Leaving Certificate Examination (including Day School Certificate (Higher) General paper), 1926
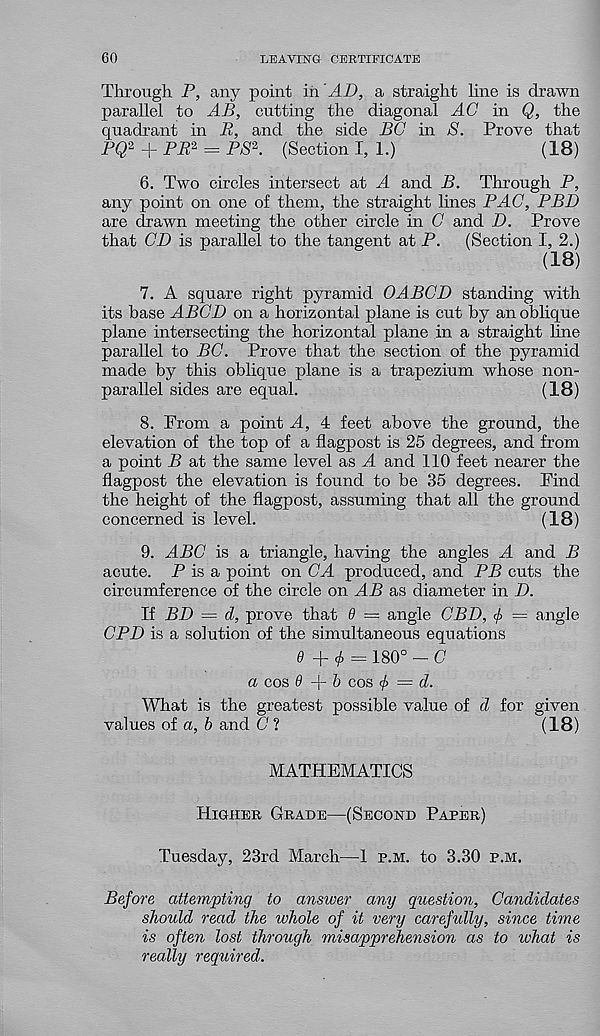
60
LEAVING CERTIFICATE
Through P, any point in'AD, a straight line is drawn
parallel to AB, cutting the diagonal AG in Q, the
quadrant in R, and the side BG in 8. Prove that
PQ 2 + PP 2 = PP 2 . (Section I, 1.)
(18)
6. Two circles intersect at A and B. Through P,
any point on one of them, the straight lines PAG, PBD
are drawn meeting the other circle in G and D. Prove
that GD is parallel to the tangent at P.
(Section I, 2.)
(18)
7. A square right pyramid OABGD standing with
its base ABGD on a horizontal plane is cut by an oblique
plane intersecting the horizontal plane in a straight line
parallel to BG. Prove that the section of the pyramid
made by this oblique plane is a trapezium whose non-
parallel sides are equal.
(18)
8. From a point A, 4 feet above the ground, the
elevation of the top of a flagpost is 25 degrees, and from
a point B at the same level as A and 110 feet nearer the
flagpost the elevation is found to be 35 degrees. Find
the height of the flagpost, assuming that all the ground
concerned is level.
(18)
9. ABC is a triangle, having the angles A and B
acute. P is a point on GA produced, and PB cuts the
circumference of the circle on AB as diameter in D.
If BD = d, prove that 9 = angle CBD, </> = angle
CPD is a solution of the simultaneous equations
0 + <£ = 180° - C
a cos 0+6 cos <t> = d.
What is the greatest possible value of d for given
values of a, b and G ?
(18)
MATHEMATICS
Higher Grade—(Second Paper)
Tuesday, 23rd March—1 p.m. to 3.30 p.m.
Before attempting to answer any question, Candidates
should read the whole of it very careftelly, since time
is often lost through misapprehension as to what is
really required.